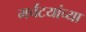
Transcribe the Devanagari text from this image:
मर्चंटयांच्या